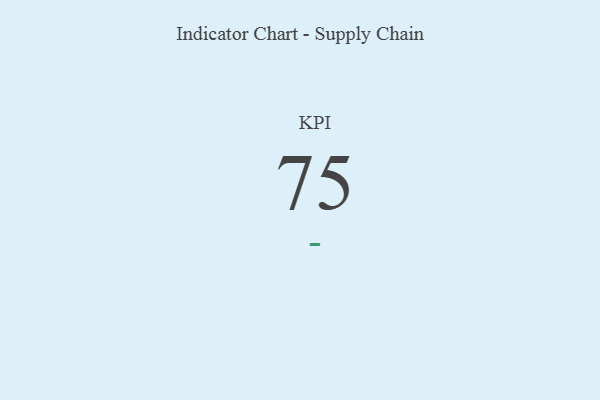
{"axis": {"x": "KPI", "y": "Value"}, "legend": [""], "data": [{"x": "KPI", "y": 75, "type": ""}]}